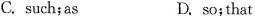
C. such; as D, so;that